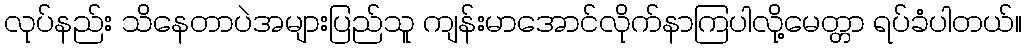
လုပ်နည်း သိနေတာပဲအများပြည်သူ ကျန်းမာအောင်လိုက်နာကြပါလို့မေတ္တာ ရပ်ခံပါတယ်။